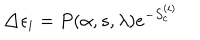
\triangle \epsilon _ { i } = P ( \alpha , s , \lambda ) e ^ { - S _ { c } ^ { ( i ) } }